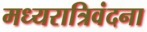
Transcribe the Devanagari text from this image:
मध्यरात्रिवंदना